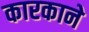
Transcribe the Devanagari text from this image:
कारकाने